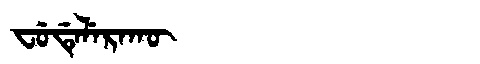
Manchu: ᠸᡠᡩᡝᠯᡝᡵᠠᡴᡡ
Romanization: FUDELERAKŪ